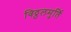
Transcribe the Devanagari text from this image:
विठ्ठलमुर्ति